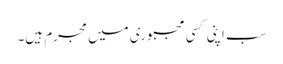
سب اپنی کسی مجبوری میں مجرم ہیں۔